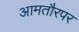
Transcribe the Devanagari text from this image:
आमतौरपर